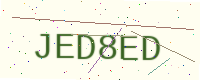
Text: JED8ED